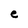
Character: e